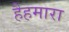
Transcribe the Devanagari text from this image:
हैहमारा